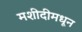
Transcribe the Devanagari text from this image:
मशीदीमधून